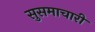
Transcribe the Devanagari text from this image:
सुसमाचारी